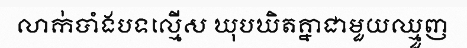
លាក់បាំងបទល្មើស ឃុបឃិតគ្នាជាមួយឈ្មួញ